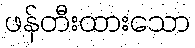
ဖန်တီးထားသော